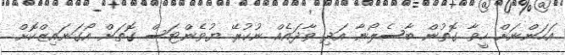
އަހަންނަށް ހީވާ ގޮތުން ބާސެލޯނާ އަދި ވާދައެއް ނުކުރޭ ޔުވެންޓަސް ގޮތަށް އޯގަނައިޒްކޮށް